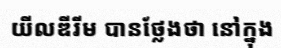
យីលឌីរីម បានថ្លែងថា នៅក្នុង